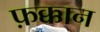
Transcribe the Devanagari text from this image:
फ़क्कान